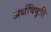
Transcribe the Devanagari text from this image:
अर्थविवृति